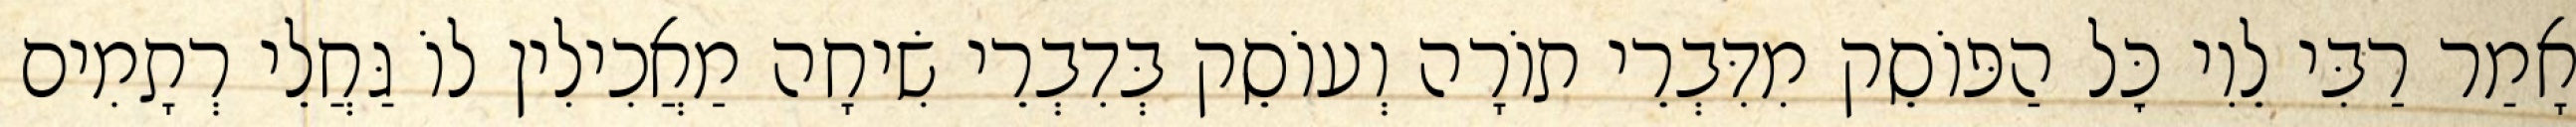
אָמַר רַבִּי לֵוִי כׇּל הַפּוֹסֵק מִדִּבְרֵי תוֹרָה וְעוֹסֵק בְּדִבְרֵי שִׂיחָה מַאֲכִילִין לוֹ גַּחֲלֵי רְתָמִים